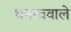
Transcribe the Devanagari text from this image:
धनत्ववाले